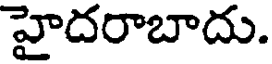
హైదరాబాదు.